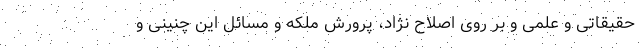
حقیقاتی و علمی و بر روی اصلاح نژاد، پرورش ملکه و مسائل این چنینی و